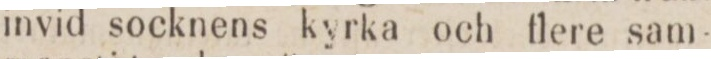
invid socknens kyrka och flere sam-